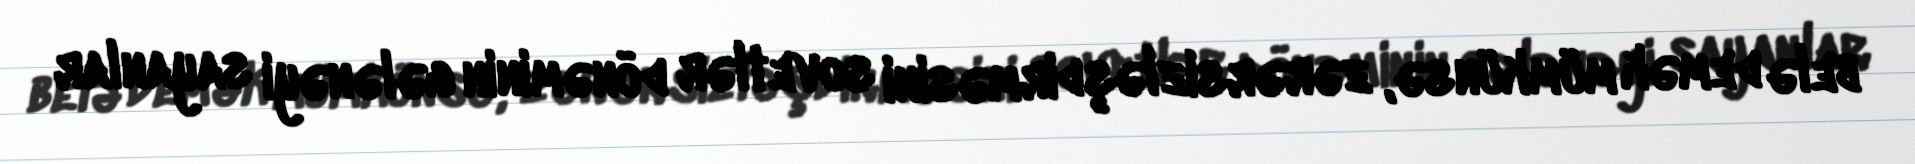
belə demək mümkünsə, zərərsizləşdirməsini sovetlər dönəminin gələnəyi sayanlar